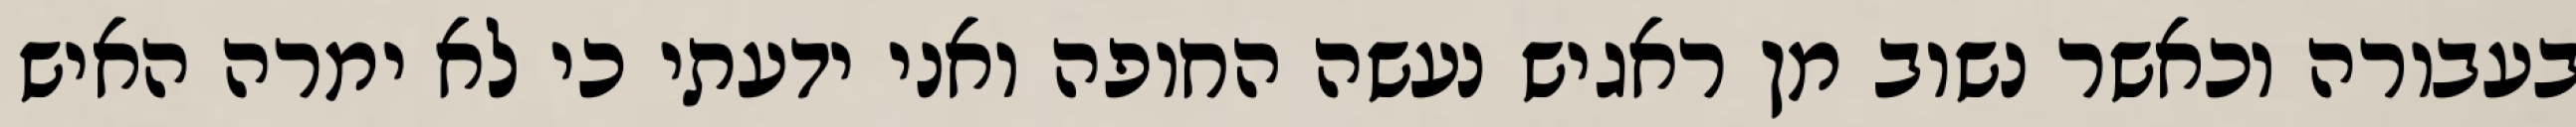
בעבורה וכאשר נשוב מן ראגיש נעשה החופה ואני ידעתי כי לא ימרה האיש